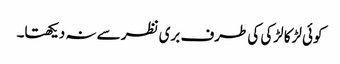
کوئی لڑکا لڑکی کی طرف بری نظر سے نہ دیکھتا۔